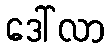
ဒေါ်လာ